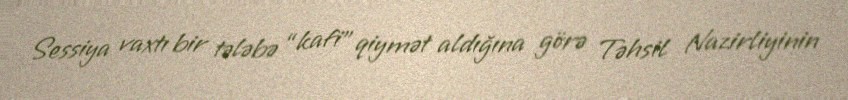
Sessiya vaxtı bir tələbə “kafi” qiymət aldığına görə Təhsil Nazirliyinin